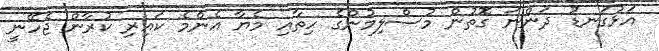
އަޅުގަނޑު ދަންނަ ގޮތުން މުސްލިމުންގެ ހިތާއި މެޔާ އެންމެ ކައިރި ކުރާން ޖެހޭނީ